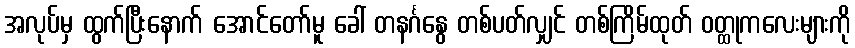
အလုပ်မှ ထွက်ပြီးနောက် အောင်တော်မူ ခေါ် တနင်္ဂနွေ တစ်ပတ်လျှင် တစ်ကြိမ်ထုတ် ဝတ္ထုကလေးများကို